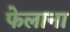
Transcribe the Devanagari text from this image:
फेलाना